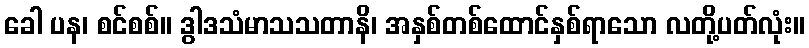
ခေါ ပန၊ စင်စစ်။ ဒွါဒသံမာသသတာနိ၊ အနှစ်တစ်ထောင်နှစ်ရာသော လတို့ပတ်လုံး။